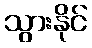
သွားနိုင်